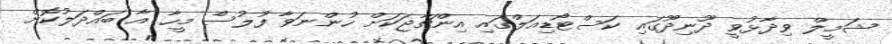
ޝަމީލް ވިދާޅުވީ ދޫނިދޫގައި ކަސްޓޯޑިއަލްގައި އިންޗާޖަކަށް ހުންނަވާ ފުލުސް މީހާ އާ ބައްދަލުކޮށް